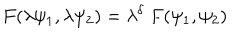
F ( \lambda \psi _ { 1 } , \lambda \psi _ { 2 } ) = \lambda ^ { \delta } ~ F ( \psi _ { 1 } , \psi _ { 2 } )